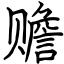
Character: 赡